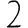
Digit: 2